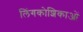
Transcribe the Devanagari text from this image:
लिंगकोशिकाओं